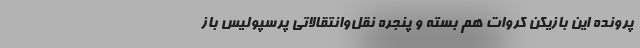
پرونده این بازیکن کروات هم بسته و پنجره نقل‌وانتقالاتی پرسپولیس باز